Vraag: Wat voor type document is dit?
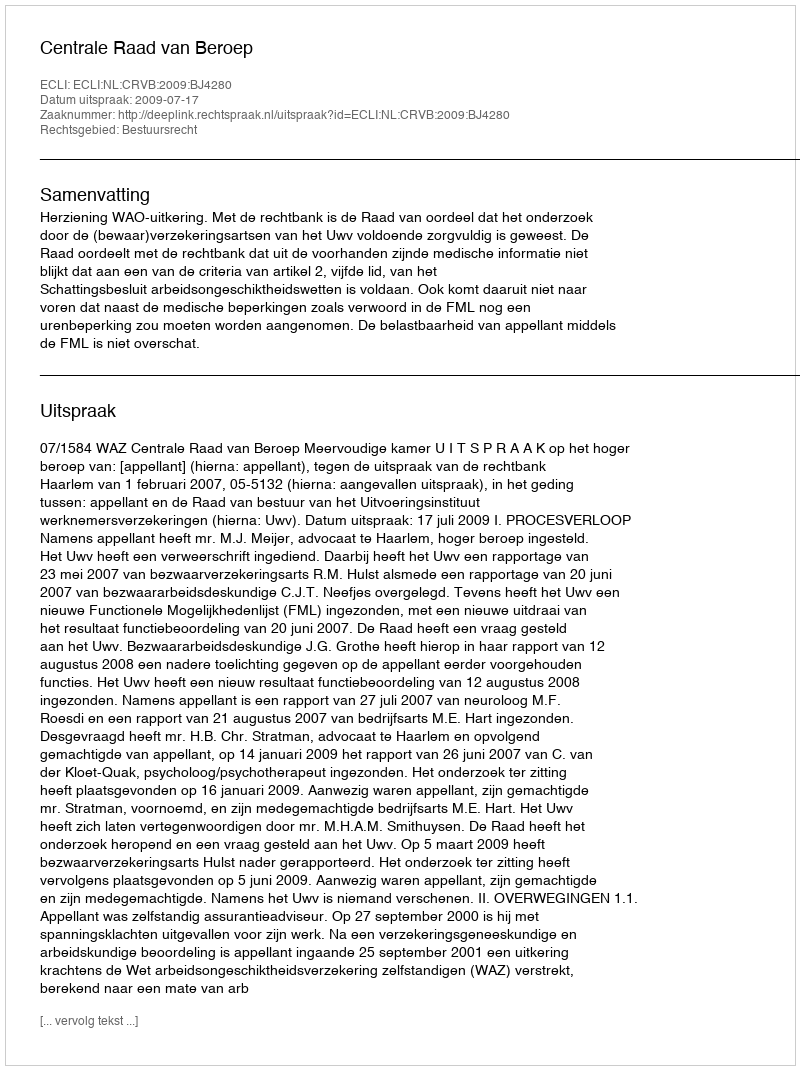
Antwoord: Uitspraak